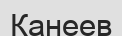
Канеев